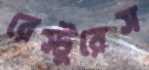
রেস্টুরেস